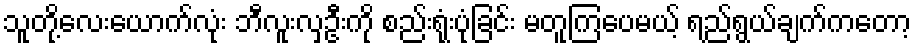
သူတို့လေးယောက်လုံး ဘီလူးလှဦးကို စည်းရုံးပုံခြင်း မတူကြပေမယ့် ရည်ရွယ်ချက်ကတော့